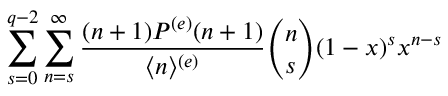
\sum _ { s = 0 } ^ { q - 2 } \sum _ { n = s } ^ { \infty } \frac { ( n + 1 ) P ^ { ( e ) } ( n + 1 ) } { \langle n \rangle ^ { ( e ) } } \binom { n } { s } ( 1 - x ) ^ { s } x ^ { n - s }